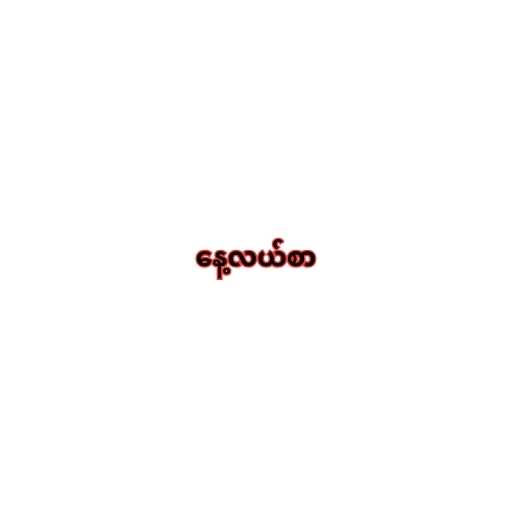
နေ့လယ်စာ